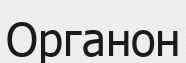
Органон